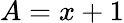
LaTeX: A=x+1